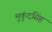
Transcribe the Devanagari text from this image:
मुकुंदसिंह